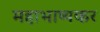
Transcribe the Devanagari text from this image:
महाभाष्यकर